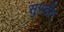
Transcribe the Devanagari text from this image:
सुप्रतीप